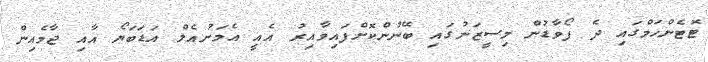
ޓޮޓެންހަމްގައި ދެ ފޯވާޑުން މިސީޒަނުގައި ބޭނުންކޮށްފައިވާއިރު އެއީ އެމަނުއެލް އަޑަބަޔޯ އާއި ޖާމެއިން